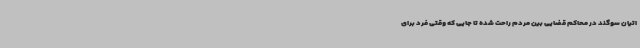
اتیان سوگند در محاکم قضایی بین مردم راحت شده تا جایی که وقتی فرد برای